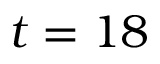
t = 1 8